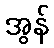
အွန်